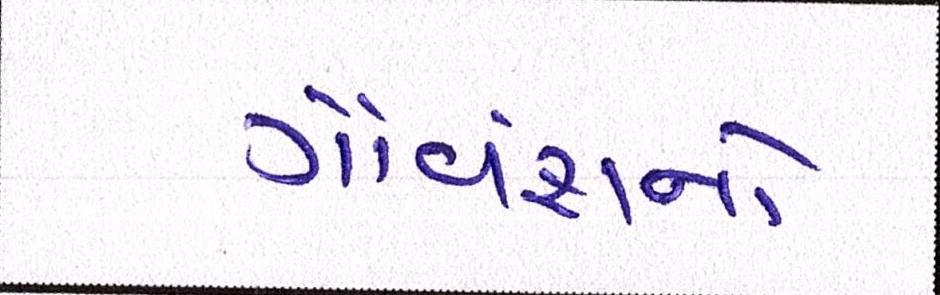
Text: ગૌવંશનો